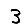
Digit: 3